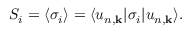
S _ { i } = \langle \sigma _ { i } \rangle = \langle u _ { n , \mathbf { k } } | \sigma _ { i } | u _ { n , \mathbf { k } } \rangle .